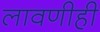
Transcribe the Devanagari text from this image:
लावणीही